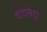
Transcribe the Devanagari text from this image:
दोदाबेट्टा